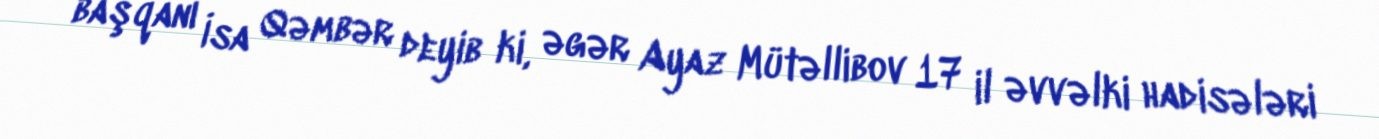
başqanı İsa Qəmbər deyib ki, əgər Ayaz Mütəllibov 17 il əvvəlki hadisələri